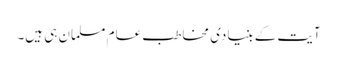
آیت کے بنیادی مخاطب عام مسلمان ہی ہیں۔